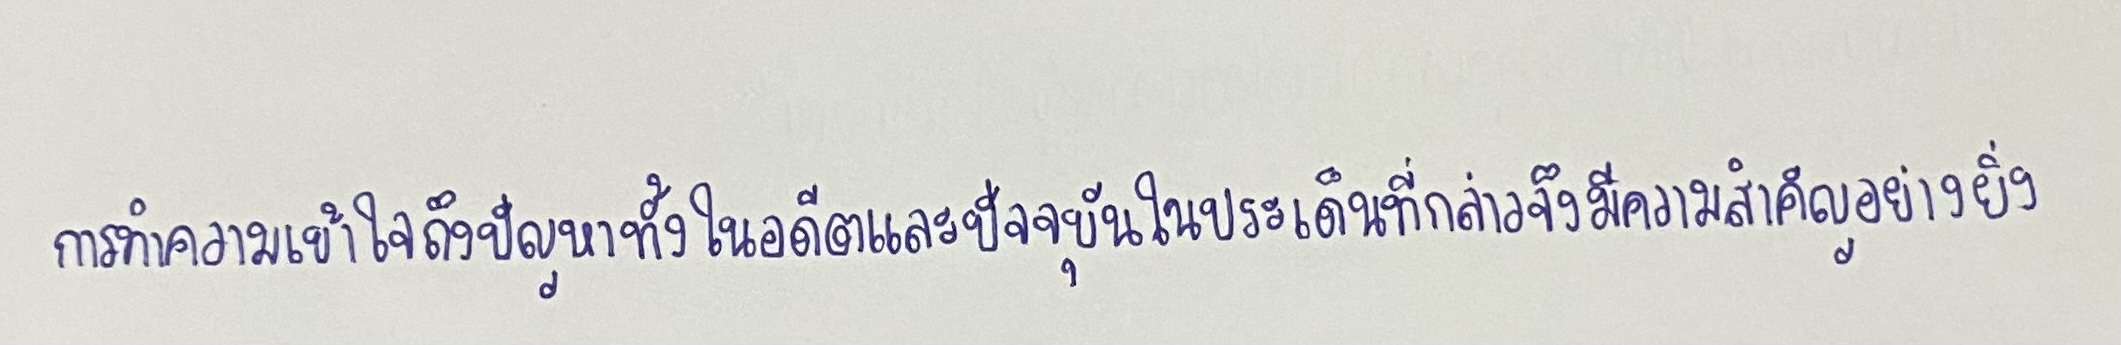
การทำความเข้าใจถึงปัญหาทั้งในอดีตและปัจจุบันในประเด็นที่กล่าวจึงมีความสำคัญอย่างยิ่ง